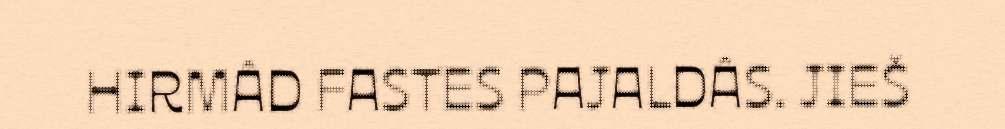
HIRMÂD FASTES PAJALDÂS. JIEŠ